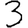
Digit: 3